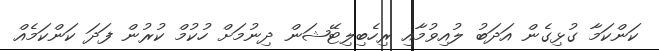
ކަންކަމާ ގުޅިގެން އަދަބު ލުއިވުމާއި ރިހެބިލިޓޭޝަން ދިނުމަށް ހުކުމް ކުރުން ފަދަ ކަންކަމެއް